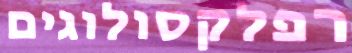
רפלקסולוגים